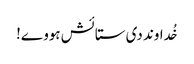
خُداوند دی ستائش ہووے!